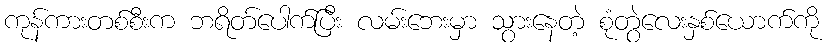
ကုန်ကားတစ်စီးက ဘရိတ်ပေါက်ပြီး လမ်းဘေးမှာ သွားနေတဲ့ စုံတွဲလေးနှစ်ယောက်ကို